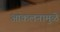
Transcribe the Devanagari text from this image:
आकलनामुळे